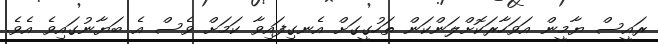
ރައީސް ޔާމީން އަވަހާރަކޮށްލަންކަން ތަހުގީގަށް އެނގިފައިވާ ކަމަށް ވެސް އެ ބަޔާނުގައިވެ އެވެ.